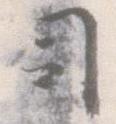
司